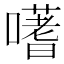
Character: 𭋦